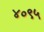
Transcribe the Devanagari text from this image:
४०९५